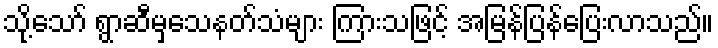
သို့သော် ရွာဆီမှသေနတ်သံများ ကြားသဖြင့် အမြန်ပြန်ပြေးလာသည်။